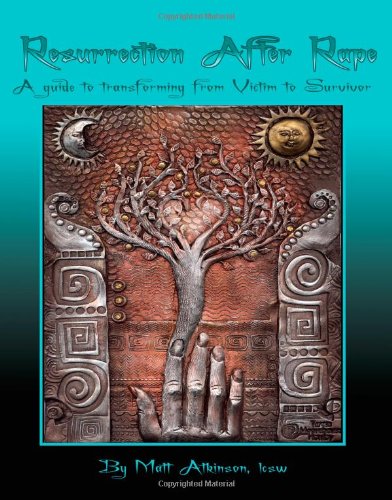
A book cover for Resurrection After Rape: A guide to transforming from victim to survivor; Matt Atkinson; Self-Help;